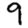
Digit: 9